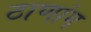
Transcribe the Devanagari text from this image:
ठाणांग